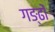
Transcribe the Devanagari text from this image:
गङ्ढों